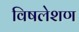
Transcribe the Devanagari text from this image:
विषलेशण